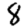
Digit: 8